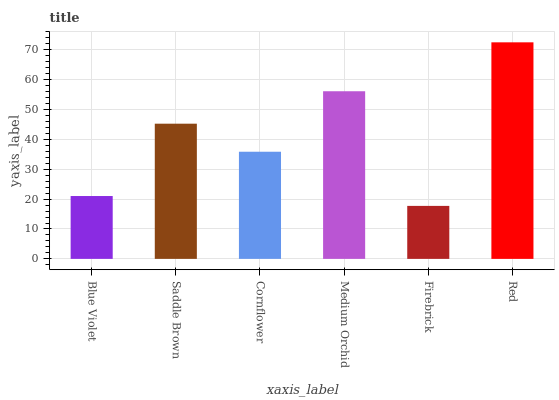
| xaxis_label | bars |
 | --- | --- |
 | Blue Violet | 21 |
 | Saddle Brown | 45.2 |
 | Cornflower | 35.9 |
 | Medium Orchid | 56.1 |
 | Firebrick | 17.7 |
 | Red | 72.5 |